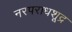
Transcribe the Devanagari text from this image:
नरपराधशूद्र